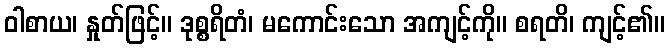
ဝါစာယ၊ နှုတ်ဖြင့်။ ဒုစ္စရိတံ၊ မကောင်းသော အကျင့်ကို။ စရတိ၊ ကျင့်၏။